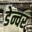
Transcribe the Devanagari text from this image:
डेन्चर